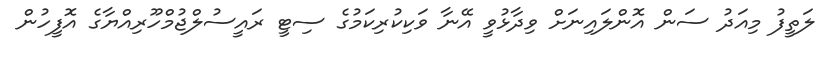
ލަތީފު މިއަދު ސަން އޮންލައިނަށް ވިދާޅުވީ އޭނާ ވަކިކުރިކަމުގެ ސިޓީ ރައީސުލްޖުމްހޫރިއްޔާގެ އޮފީހުން